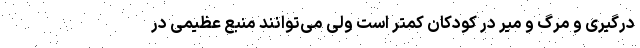
درگیری و مرگ و میر در کودکان کمتر است ولی می‌توانند منبع عظیمی در